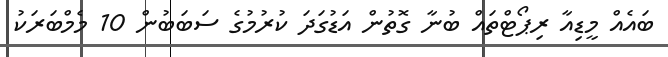
ބައެއް މީޑިއާ ރިޕޯޓްތައް ބުނާ ގޮތުން އަޑުގަދަ ކުރުމުގެ ސަބަބުން 10 މެމްބަރަކު